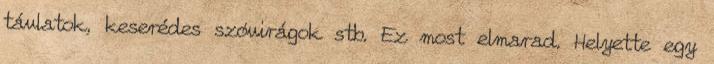
távlatok, keserédes szóvirágok stb. Ez most elmarad. Helyette egy